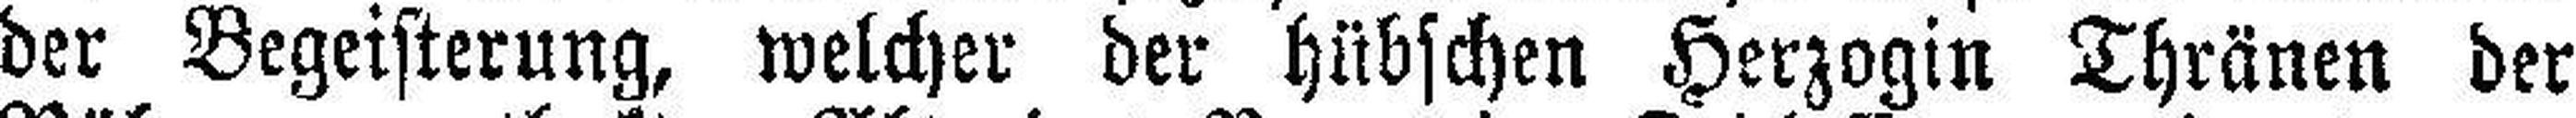
der Begeisterung, welcher der hübschen Herzogin Thränen der